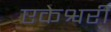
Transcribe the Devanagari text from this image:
एकेश्वरी